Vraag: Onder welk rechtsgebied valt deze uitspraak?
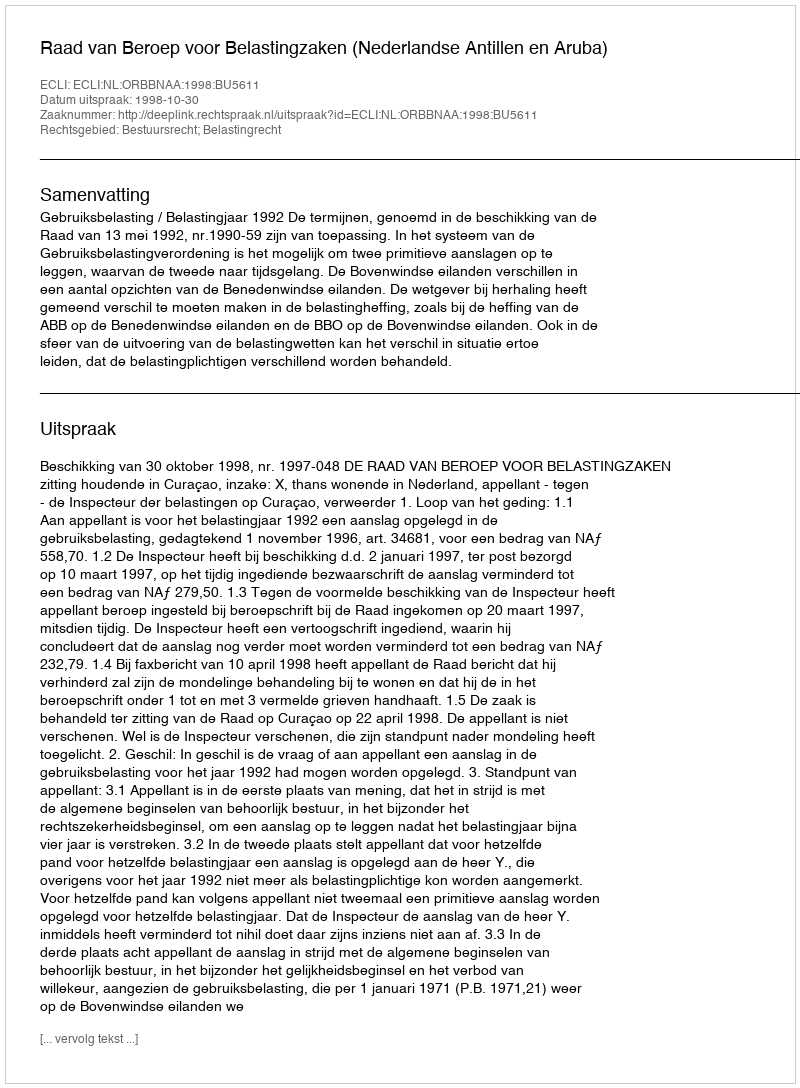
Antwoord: Bestuursrecht; Belastingrecht